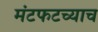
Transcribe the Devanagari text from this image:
मंटफटच्याच